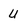
Character: U